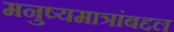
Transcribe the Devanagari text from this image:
मनुष्यमात्रांबद्दल